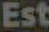
Est